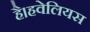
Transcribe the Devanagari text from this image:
है।हवेलियस